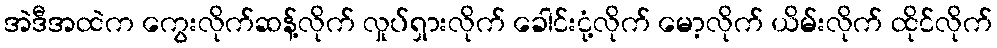
အဲဒီအထဲက ကွေးလိုက်ဆန့်လိုက် လှုပ်ရှားလိုက် ခေါင်းငုံ့လိုက် မော့လိုက် ယိမ်းလိုက် ထိုင်လိုက်